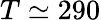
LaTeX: T\simeq 290